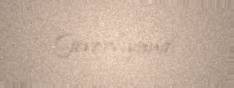
Gevorkyandı.